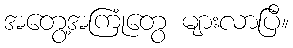
အတွေ့အကြုံတွေ များလာပြီ။